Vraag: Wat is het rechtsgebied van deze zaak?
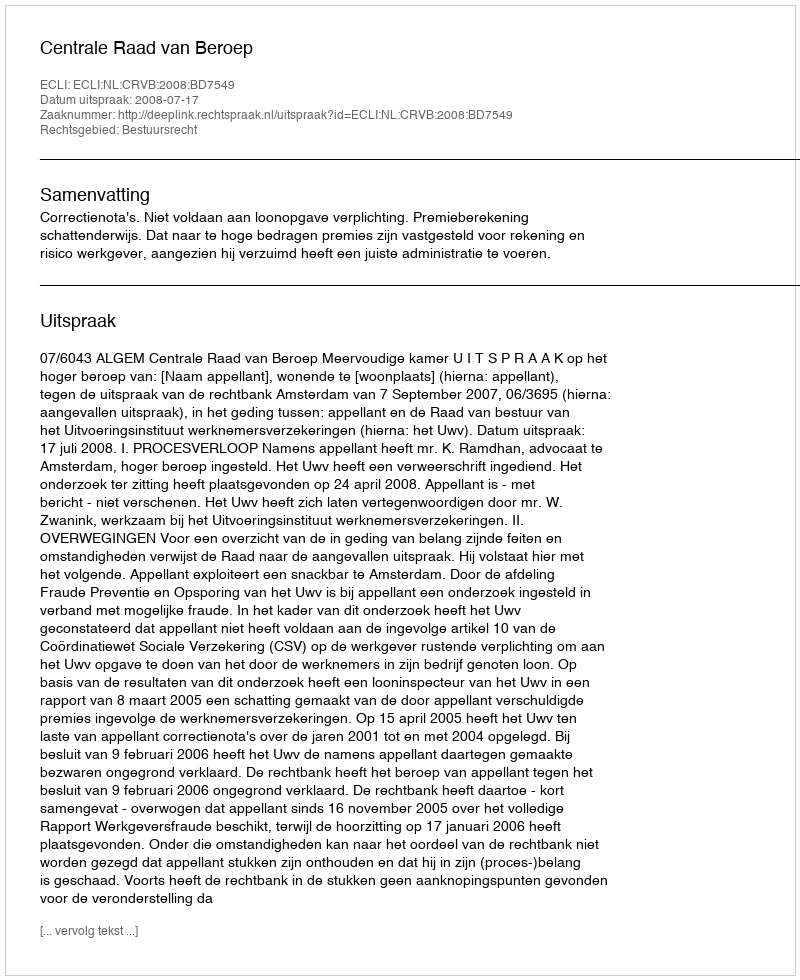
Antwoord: Bestuursrecht